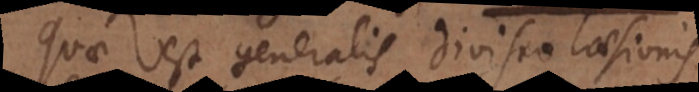
Quae est generalis divisio laesionis